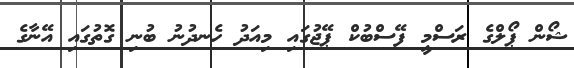
ޝޯން ޕޯލްގެ ރަސްމީ ފޭސްބުކް ޕޭޖުގައި މިއަދު ހެނދުނު ބުނި ގޮތުގައި އޭނާގެ